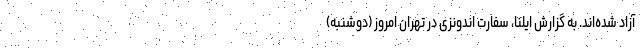
آزاد شده‌اند. به گزارش ایلنا، سفارت اندونزی در تهران امروز (دوشنبه)